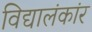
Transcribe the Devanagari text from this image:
विद्यालंकांर